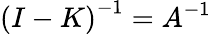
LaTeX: \left(I-K\right)^{-1}=A^{-1}